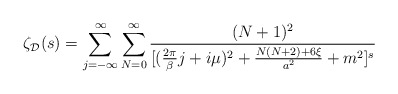
\begin{align*}\zeta_{\cal D}(s) = \sum_{j = -\infty}^{\infty} \sum_{N = 0}^{\infty} {(N + 1)^2\over [({2\pi \over \beta}j + i\mu)^2 + {N (N + 2) + 6\xi \over a^2} + m^2]^s}\end{align*}